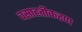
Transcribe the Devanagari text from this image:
वसाहतीकरण